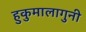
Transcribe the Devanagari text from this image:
हुकुमालागुनी